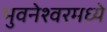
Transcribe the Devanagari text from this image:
भुवनेश्वरमध्ये